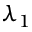
\lambda _ { 1 }